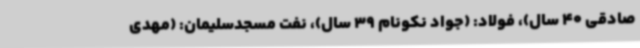
صادقی 40 سال)، فولاد: (جواد نکونام 39 سال)، نفت مسجدسلیمان: (مهدی